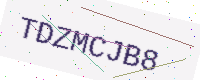
Text: TDZMCJB8